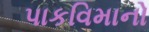
પાકવિમાનો